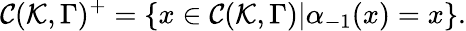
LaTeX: {\cal C}({\cal K},\Gamma)^{+}=\{ x\in{\cal C}({\cal K},\Gamma)|\alpha_{-1}(x)=x\} .